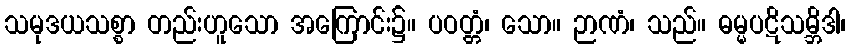
သမုဒယသစ္စာ တည်းဟူသော အကြောင်း၌။ ပဝတ္တံ၊ သော။ ဉာဏံ၊ သည်။ ဓမ္မပဋိသမ္ဘိဒါ၊